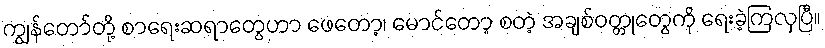
ကျွန်တော်တို့ စာရေးဆရာတွေဟာ ဖေတော့၊ မောင်တော့ စတဲ့ အချစ်ဝတ္တုတွေကို ရေးခဲ့ကြလှပြီ။